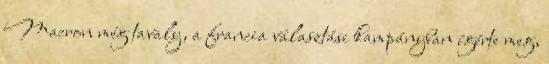
Macron még tavaly, a francia választási kampányban ígérte meg,